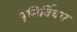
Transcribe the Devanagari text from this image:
पुनिर्विचार